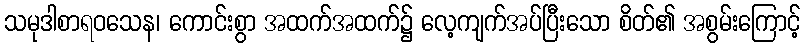
သမုဒါစာရဝသေန၊ ကောင်းစွာ အထက်အထက်၌ လေ့ကျက်အပ်ပြီးသော စိတ်၏ အစွမ်းကြောင့်